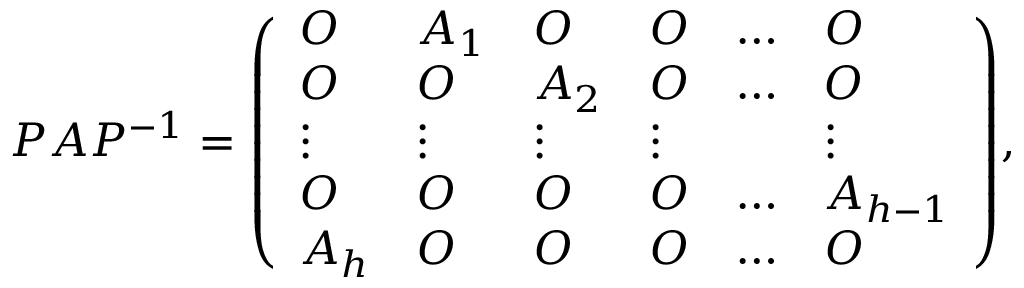
P A P ^ { - 1 } = { \left( \begin{array} { l l l l l l } { O } & { A _ { 1 } } & { O } & { O } & { \ldots } & { O } \\ { O } & { O } & { A _ { 2 } } & { O } & { \ldots } & { O } \\ { \vdots } & { \vdots } & { \vdots } & { \vdots } & & { \vdots } \\ { O } & { O } & { O } & { O } & { \ldots } & { A _ { h - 1 } } \\ { A _ { h } } & { O } & { O } & { O } & { \ldots } & { O } \end{array} \right) } ,